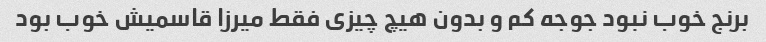
برنج خوب نبود جوجه کم و بدون هیچ چیزی فقط میرزا قاسمیش خوب بود